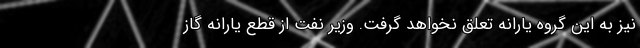
نیز به این گروه یارانه تعلق نخواهد گرفت. وزیر نفت از قطع یارانه گاز